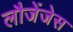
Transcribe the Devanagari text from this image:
लौजेंजेस